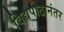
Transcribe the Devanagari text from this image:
विद्यपीठानंतर